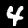
Digit: 4